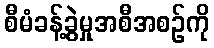
စီမံခန့်ခွဲမှုအစီအစဉ်ကို